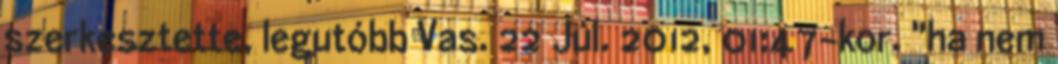
szerkesztette, legutóbb Vas. 22 Júl. 2012, 01:47-kor. "ha nem